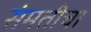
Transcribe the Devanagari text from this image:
संमतीचा